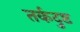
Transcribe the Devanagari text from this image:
तर्कदुष्ट